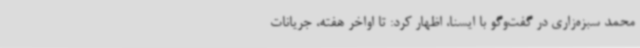
محمد سبزه‌زاری در گفت‌وگو با ایسنا، اظهار کرد: تا اواخر هفته، جریانات